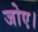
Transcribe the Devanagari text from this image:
जोए।